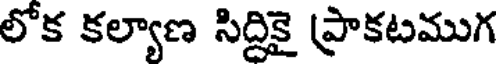
లోక కల్యాణ సిద్దికై ప్రాకటముగ